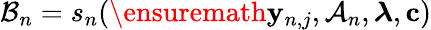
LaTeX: \mathcal{B}_{n}=s_{n}(\ensuremath{\mathbf{y}}_{n,j},\mathcal{A}_{n},\boldsymbol{\lambda},\textbf{c})